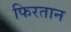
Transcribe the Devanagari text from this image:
फिरतान